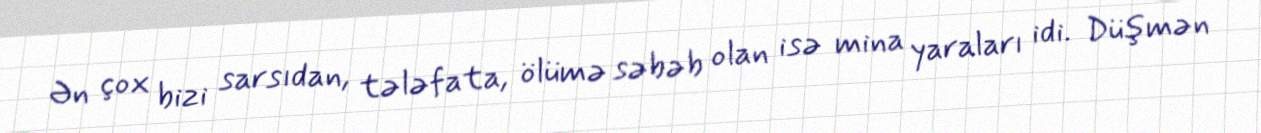
Ən çox bizi sarsıdan, tələfata, ölümə səbəb olan isə mina yaraları idi. Düşmən